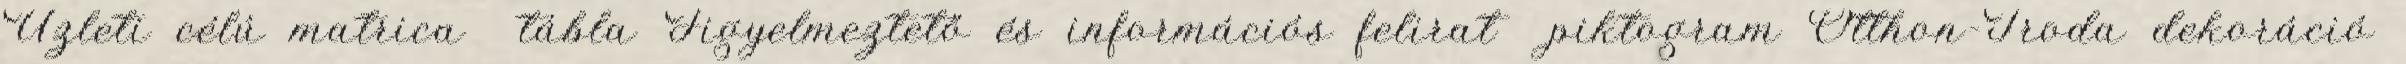
Üzleti célú matrica tábla Figyelmeztető és információs felirat piktogram Otthon-Iroda dekoráció